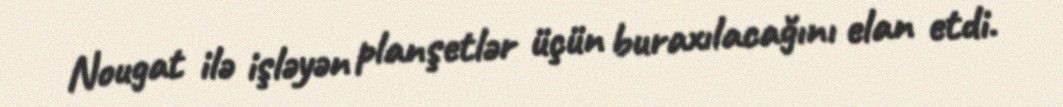
Nougat ilə işləyən planşetlər üçün buraxılacağını elan etdi.